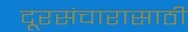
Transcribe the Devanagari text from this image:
दूरसंचारासाठी